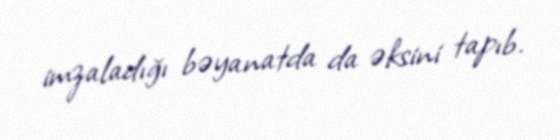
imzaladığı bəyanatda da əksini tapıb.